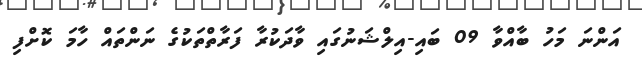
އަންނަ މަހު ބާއްވާ 09 ބައި-އިލްޝަނުގައި ވާދަކުރާ ފަރާތްތަކުގެ ނަންތައް ހާމަ ކޮށްފި